Mental hospitals Bombay report 1921-28 - 1921-1928
Year: 1921
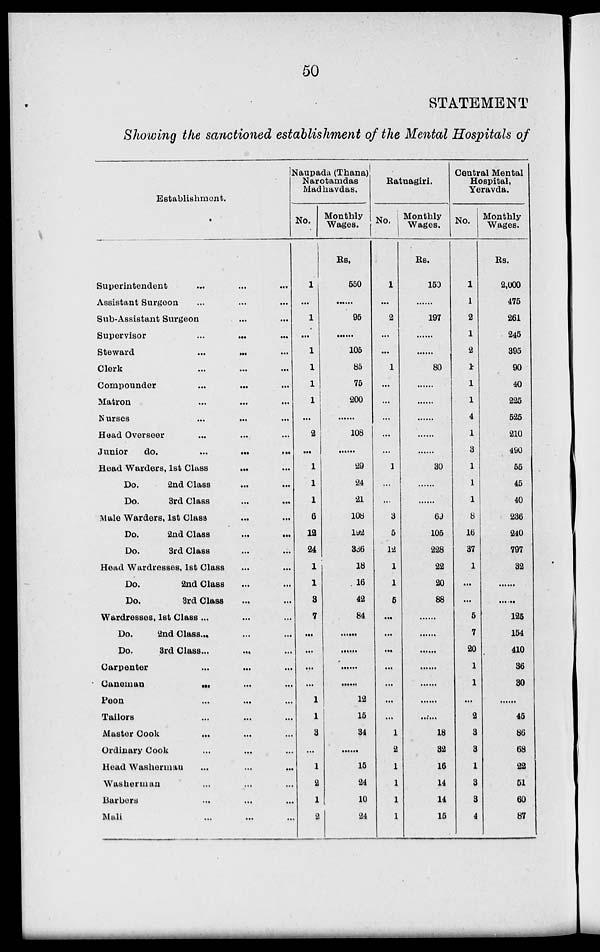
50
STATEMENT
Showing the sanctioned establishment of the Mental Hospitals of
Establishment.
Superintendent ... ... ...
Assistant Surgeon ... ... ...
Sub-Assistant Surgeon ... ... ...
Supervisor ... ... ...
Steward ... ... ...
Clerk ... ... ...
Compounder ... ... ...
Matron ... ... ...
Nurses ... ... ...
Head Overseer ... ... ...
Junior
do. ... ... ...
Head Warders, 1st Class ... ...
Do.
2nd Class
...
...
Do.
3rd Class ... ...
Male Warders, 1st Class ... ...
Do.
2nd Class
...
...
Do.
3rd Class ... ...
Head Wardresses, 1st Class ... ...
Do.
2nd Class ... ...
Do.
3rd Class ... ...
Wardresses, 1st Class ... ... ...
Do.
2nd Class ... ... ...
Do.
3rd Class ... ... ...
Carpenter ... ... ...
Caneman ... ... ...
Peon ... ... ...
Tailors ... ... ...
Master Cook ... ... ...
Ordinary Cook ... ... ...
Head Washerman ... ... ...
Washerman ... ... ...
Barbers ... ... ...
Mali ... ... ...
Naupada (Thana)
Narotamdas
Madhavdas.
No.
1
...
1
...
1
1
1
1
...
2
...
1
1
1
6
12
24
1
1
3
7
...
...
...
...
1
1
3
...
1
2
1
2
Monthly
Wages.
Rs.
550
......
95
......
105
85
75
200
......
108
......
29
24
21
108
192
336
18
16
42
84
......
......
......
......
12
15
34
......
15
24
10
24
Ratnagiri.
No.
1
...
2
...
...
1
...
...
...
...
...
1
...
...
3
5
12
1
1
5
...
...
...
...
...
...
...
1
2
1
1
1
1
Monthly
Wages.
Rs.
150
......
197
......
......
80
......
......
......
......
......
30
......
......
69
105
228
22
20
88
......
......
......
......
......
......
......
18
32
16
14
14
15
Central Mental
Hospital,
Yeravda.
No.
1
1
2
1
2
1
1
1
4
1
3
1
1
1
8
16
37
1
...
...
5
7
20
1
1
...
2
3
3
1
3
3
4
Monthly
Wages.
Rs.
2,000
475
261
245
395
90
40
225
525
210
490
55
45
40
236
240
797
32
......
......
125
154
410
36
30
......
45
86
68
22
51
60
87